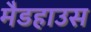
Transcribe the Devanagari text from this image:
मैडहाउस